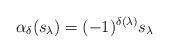
LaTeX: \begin{align*}\alpha_\delta(s_\lambda) = (-1)^{\delta(\lambda)} s_\lambda\quad\end{align*}